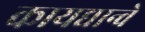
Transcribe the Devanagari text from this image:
कायद्यान्वे